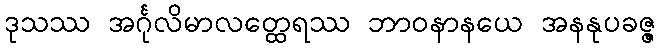
ဒုသဿ အင်္ဂုလိမာလတ္ထေရဿ ဘာဝနာနယေ အနနုပခဇ္ဇ